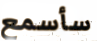
سأسمع